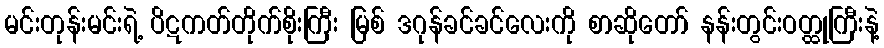
မင်းတုန်းမင်းရဲ့ ပိဋကတ်တိုက်စိုးကြီး မြစ် ဒဂုန်ခင်ခင်လေးကို စာဆိုတော် နန်းတွင်းဝတ္ထုကြီးနဲ့